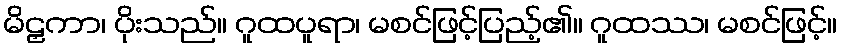
မိဠှကာ၊ ပိုးသည်။ ဂူထပူရာ၊ မစင်ဖြင့်ပြည့်၏။ ဂူထဿ၊ မစင်ဖြင့်။